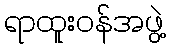
ရာထူးဝန်အဖွဲ့